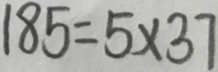
1 8 5 = 5 \times 3 7